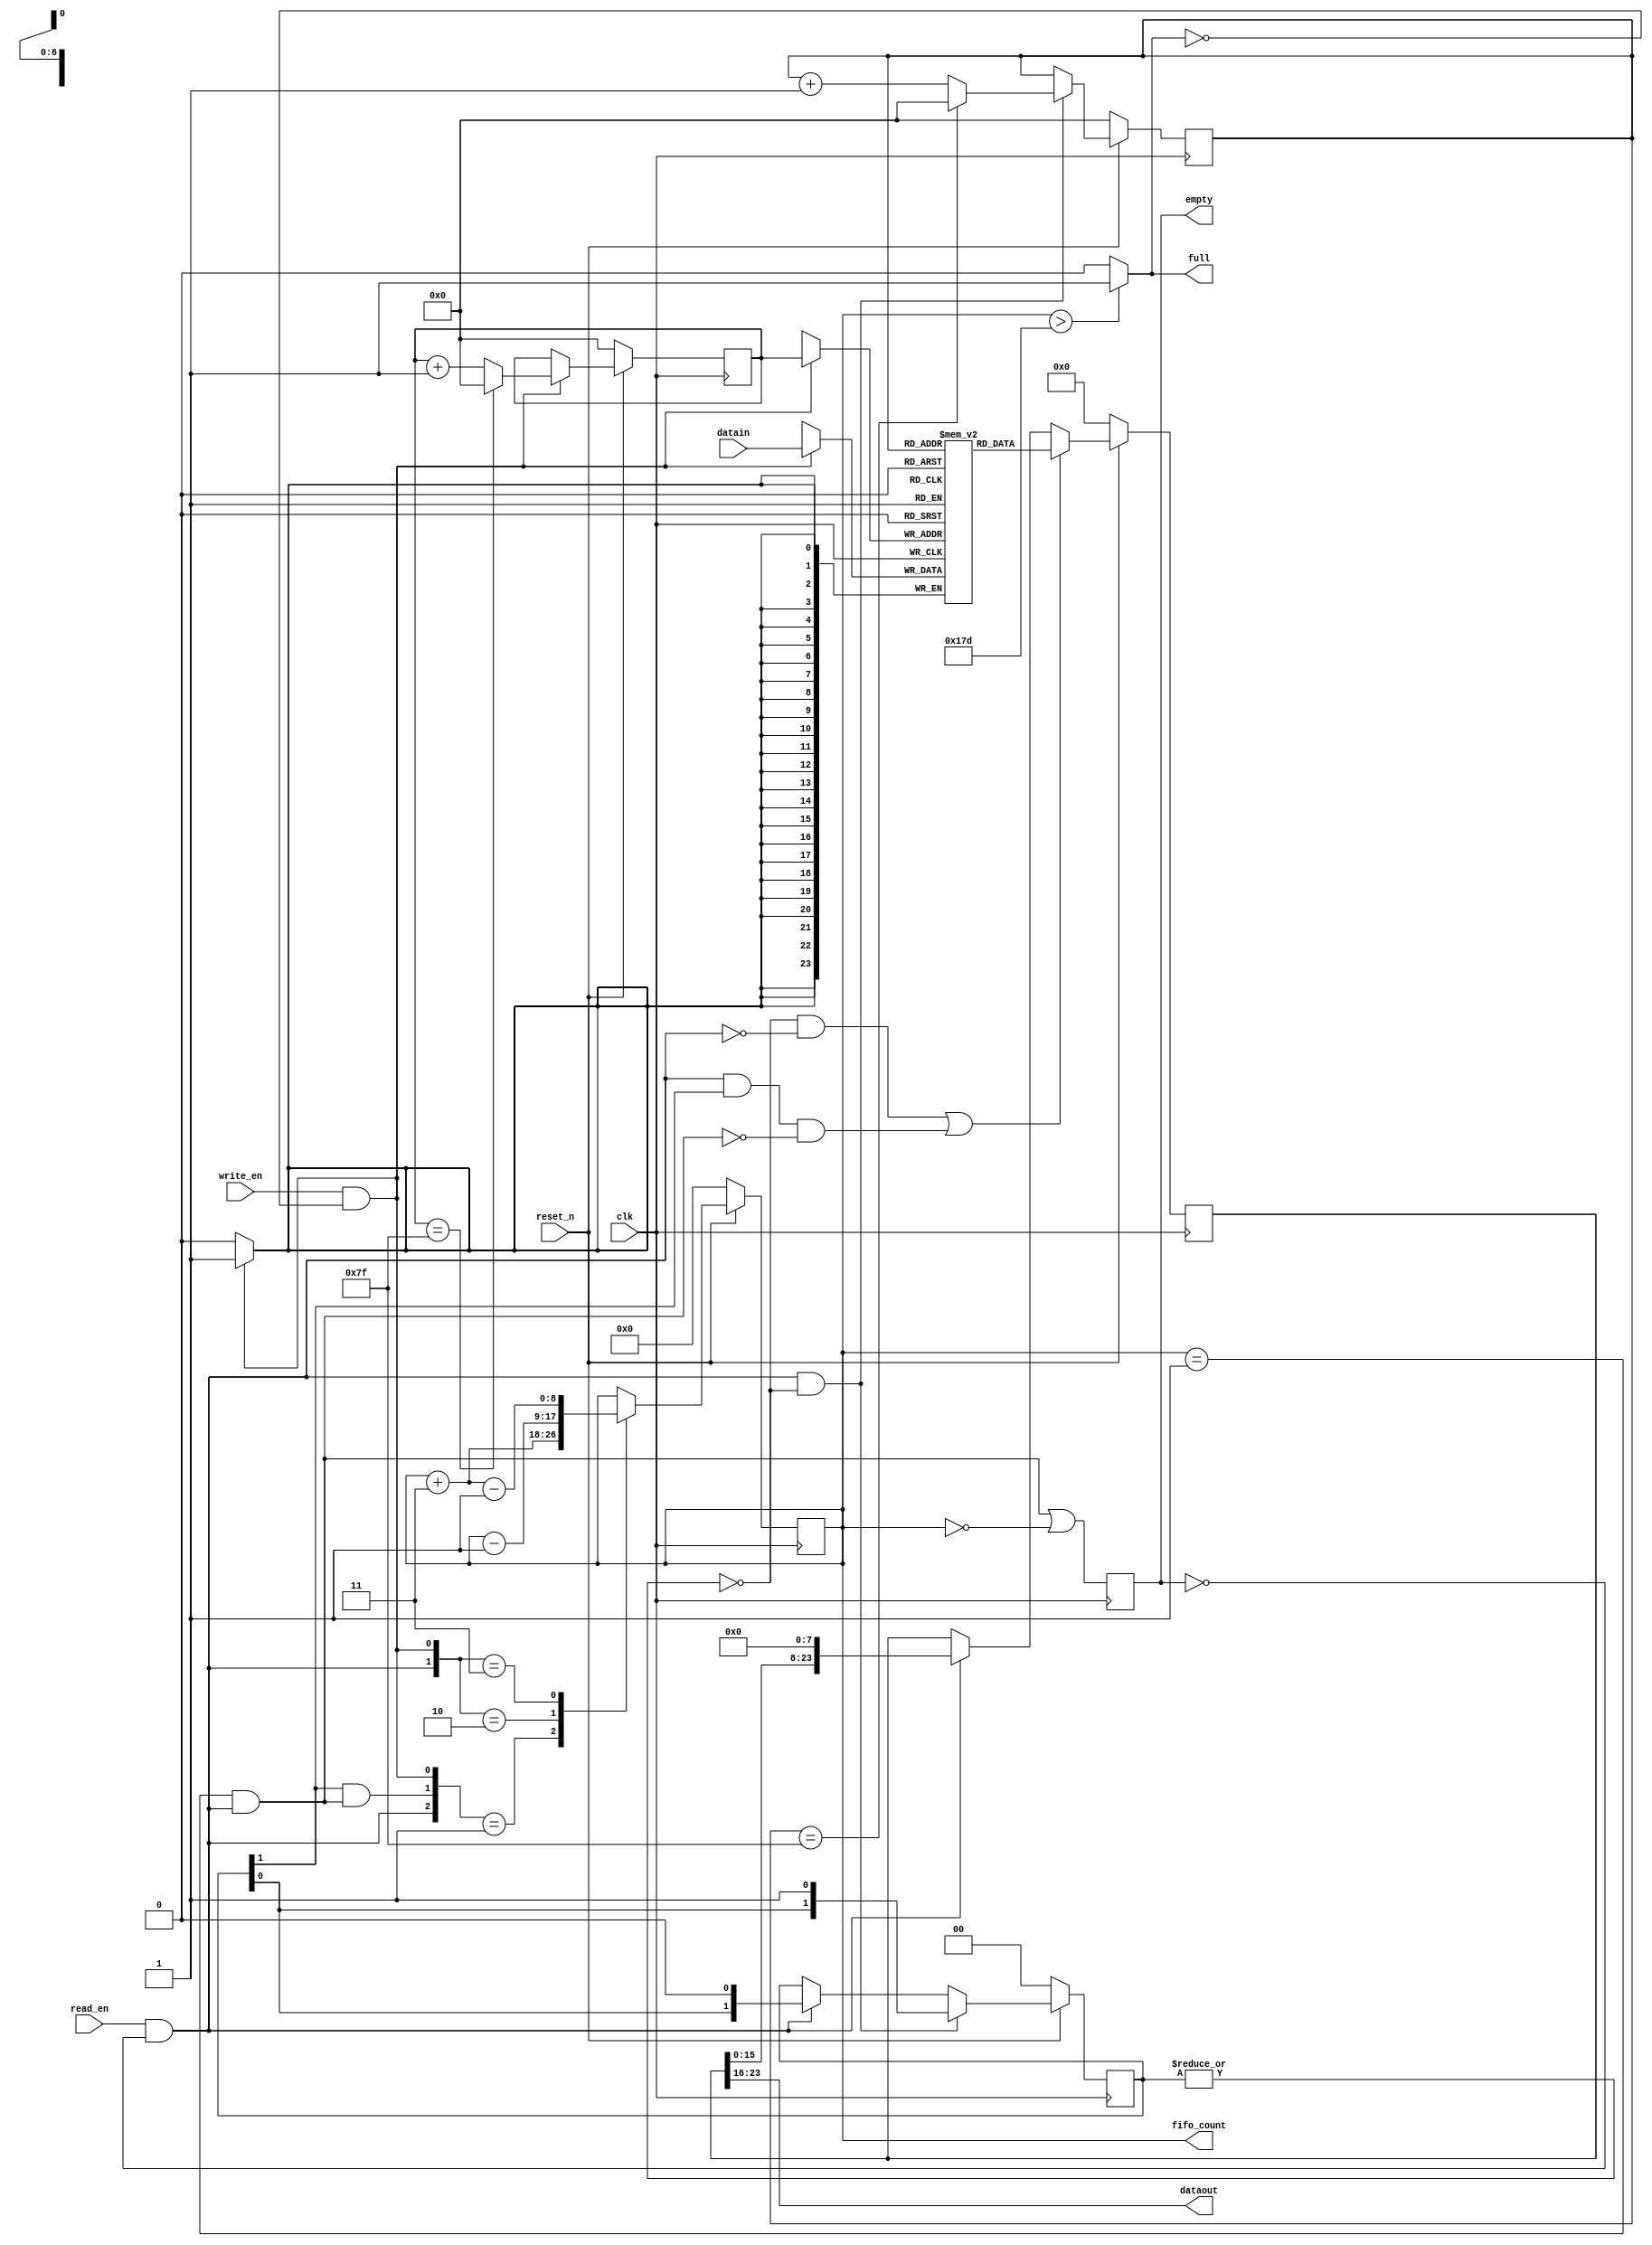
`timescale  1ns/1ns
module background_subtraction_using_delta_sigma_argorithm_project_fifo 
(
    // inputs
    clk,
    reset_n,
    read_en,
    write_en,
    datain,

    //outputs
    dataout,
    fifo_count,
    empty,
    full
);

    //*******************************************************************************************//
    //                                      Parameters                                           //
    //*******************************************************************************************//
    parameter   WIDTH_IN    = 24;
    parameter   WIDTH_OUT   = 8;
    parameter   DEPTH       = 128;      // D-word

    //*******************************************************************************************//
    //                                      Localparams                                          //
    //*******************************************************************************************//
    localparam  RATIO       =   (WIDTH_IN/WIDTH_OUT);
    localparam  WADD        =   log2(DEPTH);
    localparam  WADDW       =   log2(DEPTH);
    localparam  WADDR       =   log2(DEPTH);
    localparam  WIDTH_C     =   log2(DEPTH*RATIO+1);
    localparam  LATENTCY    =   0;

    //*******************************************************************************************//
    //                                      Function                                             //
    //*******************************************************************************************//
    function integer log2;
        input integer value;
        integer i;
        if (value == 1)
            log2 = 1;
        else
            for (i = 0; i < 16; i = i + 1)
                if (2**i < value)
                    log2 = i + 1;
    endfunction
    `define     DELAY   #0
    //`define LSB_BYTE

    //*******************************************************************************************//
    //                                      Inputs                                               //
    //*******************************************************************************************//
    input                   clk;
    input                   reset_n;
    input                   read_en;
    input                   write_en;
    input [WIDTH_IN-1:0]    datain;

    //*******************************************************************************************//
    //                                      Outputs                                              //
    //*******************************************************************************************//
    output                  empty;
    output                  full;
    output[WIDTH_C-1:0]     fifo_count;
    output[WIDTH_OUT-1:0]   dataout;



    //*******************************************************************************************//
    //                                     Signal declarations                                   //
    //*******************************************************************************************//
    // Wire declarations
    wire                    read_valid;
    wire                    write_valid;
    wire                    read_mem_n;
    wire                    read_mem_last;
    wire                    fifo_count_1;
    wire                    read_last;

    // Register declarations
    reg [WIDTH_C-1:0]   fifo_count;
    reg [WADDR-1:0]     add_rd;
    reg [WADDW-1:0]     add_wr;
    reg [WIDTH_IN-1:0]  mem0[DEPTH-1:0];
    reg [WIDTH_IN-1:0]  mem_buff;
    
    

    assign  fifo_count_1    =   (fifo_count == 1) &  read_valid ;
    assign  read_last       =    read_mem_last & fifo_count_1 ;
    `ifdef LSB_BYTE
    assign  dataout = mem_buff[WIDTH_OUT-1:0];
    `else
    assign  dataout = mem_buff[WIDTH_IN-1:WIDTH_IN - WIDTH_OUT];
    `endif



    assign read_valid = read_en & !empty ;
    assign write_valid = write_en & !full ;

    generate
    if (RATIO==1)begin
        assign  read_mem_n      =   1'b0;
        assign  read_mem_last   =   read_valid;
    end
    else if (RATIO==2)begin
        reg [RATIO-2:0] read_buff;

        assign  read_mem_last   = read_buff;
        assign  read_mem_n      =   read_buff;
        always @ (posedge clk)begin
            if(!reset_n)
                read_buff   <= `DELAY 0;
            else if(read_valid&~read_mem_n)
                read_buff   <= `DELAY 1'b1;
            else if(read_valid)
                read_buff   <= `DELAY 1'b0;
            else
                read_buff   <= `DELAY read_buff;
        end
    end
    else begin

        reg [RATIO-2:0] read_buff;
        //wire  read_mem_last;
        assign  read_mem_last   = read_buff[RATIO-2];
        assign  read_mem_n      =   |read_buff;
        always @ (posedge clk)begin
            if(!reset_n)
                read_buff   <= `DELAY 0;
            else if(read_valid&~|read_buff)
                read_buff   <= `DELAY {read_buff[RATIO-3:0],1'b1};
            else if(read_valid)
                read_buff   <= `DELAY {read_buff[RATIO-3:0],1'b0};
            else
                read_buff   <= `DELAY read_buff;
        end
    end

    endgenerate
    always @ (posedge clk)
    begin
        if (write_valid) begin
            mem0[add_wr] <= `DELAY datain;
        end
    end
    //-----------
    generate 
        if (LATENTCY==1)begin
            if(RATIO==1)begin
                always @ (posedge clk)begin//mem[add_rd];//
                    if (!reset_n)
                        mem_buff    <=  `DELAY 0;
                    else if (read_valid )begin
                        mem_buff    <= `DELAY  mem0[add_rd[WADDR-1:0]];
                    end
                end
            end
            else begin
                always @ (posedge clk)begin//mem[add_rd];//
                    if (!reset_n)
                        mem_buff    <=  `DELAY 0;
                    else if (read_valid & !read_mem_n)begin
                        mem_buff    <= `DELAY  mem0[add_rd[WADDR-1:0]];
                    end
                    else if(read_valid)begin
                        `ifdef LSB_BYTE
                        mem_buff        <= `DELAY  {{WIDTH_OUT{1'b0}},mem_buff[WIDTH_IN - 1:WIDTH_OUT]};
                        `else
                        mem_buff        <= `DELAY  {mem_buff[WIDTH_IN - WIDTH_OUT - 1:0],{WIDTH_OUT{1'b0}}};
                        `endif
                    end
                end
            end
            assign empty = (fifo_count == 0) ? 1'b1 : 1'b0 ;
        end
        else begin//LATENTCY==0
            reg empty_reg;
            always @ (posedge clk)begin
                empty_reg   <=  `DELAY (fifo_count_1) |  (fifo_count==0);
            end
            if(RATIO==1) begin
                always @ (*)begin//mem[add_rd];//
                    mem_buff    = `DELAY  mem0[add_rd[WADDR-1:0]];
                end
            end
            else begin
                always @ (posedge clk)begin//mem[add_rd];//
                    if (!reset_n)
                        mem_buff    <=  `DELAY 0;

                    else if ((!read_mem_n&!read_valid)| (read_valid&read_mem_last&~fifo_count_1) )begin
                        mem_buff    <= `DELAY  mem0[add_rd[WADDR-1:0]];
                    end
                    else if(read_valid)begin
                        `ifdef LSB_BYTE
                        mem_buff    <= `DELAY  {{WIDTH_OUT{1'b0}},mem_buff[WIDTH_IN - 1:WIDTH_OUT]};
                        `else
                        mem_buff    <= `DELAY  {mem_buff[WIDTH_IN - WIDTH_OUT - 1:0],{WIDTH_OUT{1'b0}}};
                        `endif
                    end
                end
            end
            assign empty = empty_reg;
        end
    endgenerate

    always @ (posedge clk) begin
        if (reset_n == 1'b0) begin
            fifo_count  <= `DELAY {WADD{1'b0}};
            add_rd      <= `DELAY {WADDW{1'b0}};
            add_wr      <= `DELAY {WADDW{1'b0}};
        end
        else begin
            add_wr <= `DELAY (write_valid == 1'b1) ? ((add_wr == DEPTH - 1'b1) ? {WADDW{1'b0}} : add_wr + 1'b1) : add_wr;
            add_rd <= `DELAY (read_valid & !read_mem_n/*== 1'b1*/) ? ((add_rd == DEPTH - 1'b1) ? {WADDR{1'b0}} : add_rd + 1'b1) : add_rd;
            casex ({read_valid,read_last, write_valid}) 
                3'b001: begin // only write, not read | write & read last
                    fifo_count <= `DELAY fifo_count + RATIO[WIDTH_C - 1 : 0];
                end
                3'b1x0: begin  // Only read, not write
                    fifo_count <= `DELAY fifo_count - 1'b1;
                end
                3'b1x1: begin  // Both read and write
                    fifo_count <= `DELAY fifo_count + RATIO[WIDTH_C - 1 : 0] -1'b1;
                end
                default: begin
                        fifo_count <= `DELAY fifo_count;
                end
            endcase
        end
    end

    assign full = (fifo_count > ((DEPTH-1)*RATIO)) ? 1'b1 : 1'b0;
endmodule